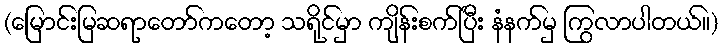
(မြောင်းမြဆရာတော်ကတော့ သရိုင်မှာ ကျိန်းစက်ပြီး နံနက်မှ ကြွလာပါတယ်။)